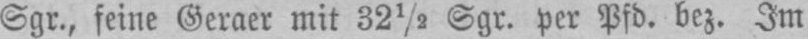
Sgr., feine Geraer mit 32½ Sgr. per Pfd. bez. Im